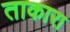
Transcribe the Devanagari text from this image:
ताकारा